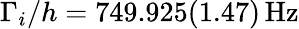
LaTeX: \Gamma_{i}/h=749.925(1.47)\, \mathrm{{Hz}}